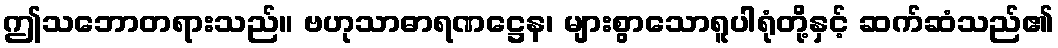
ဤသဘောတရားသည်။ ဗဟုသာဓာရဏဋ္ဌေန၊ များစွာသောရူပါရုံတို့နှင့် ဆက်ဆံသည်၏